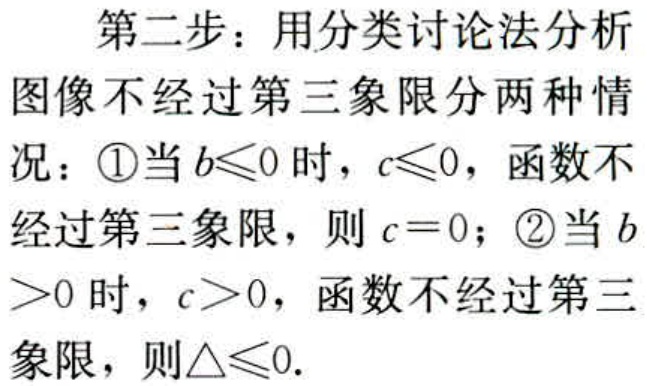
第二步：用分类讨论法分析
图像不经过第三象限分两种情
况：\textcircled{1}当\(b\leqslant0\)时，\(c\leqslant0\)，函数不
经过第三象限，则\(c = 0\)；\textcircled{2}当\(b\)
\(>0\)时，\(c>0\)，函数不经过第三
象限，则\(\triangle\leqslant0\).